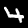
Digit: 4